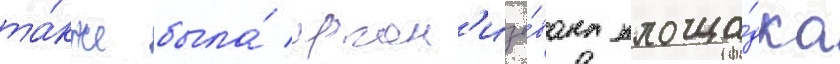
та́кже была́ орган'изо́вана площа́дка